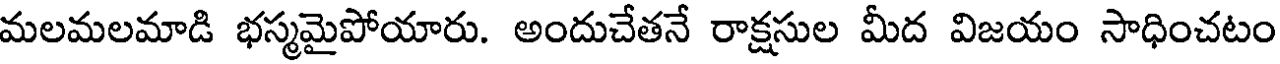
మలమలమాడి భస్మమైపోయారు. అందుచేతనే రాక్షసుల మీద విజయం సాధించటం